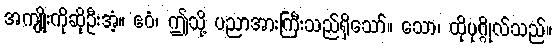
အကျိုးကိုဆိုဦးအံ့။ ဧဝံ၊ ဤသို့ ပညာအားကြီးသည်ရှိသော်။ သော၊ ထိုပုဂ္ဂိုလ်သည်။